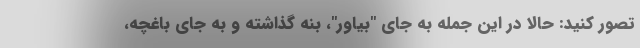
تصور کنید: حالا در این جمله به جای "بیاور"، بنه گذاشته و به جای باغچه،